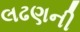
લઢણની